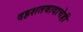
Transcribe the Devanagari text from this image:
दहशतवादाचेही